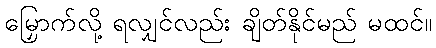
မြှောက်လို့ ရလျှင်လည်း ချိတ်နိုင်မည် မထင်။